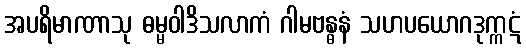
အပရိမာဏာသု ဓမ္မဝါဒိသလာကံ ဂါမဗန္ဓနံ သဟပယောဂဒုက္ကဋံ